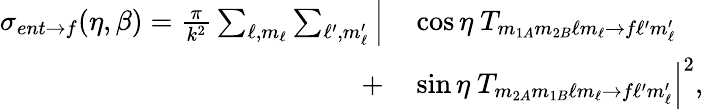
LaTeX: \begin{array}{rl}{\sigma_{ent\rightarrow f}(\eta,\beta)=\frac{\pi}{k^{2}}\sum_{\ell,m_{\ell}}\sum_{\ell^{\prime},m_{\ell}^{\prime}}\Big|}&{{}\cos\eta\ T_{m_{1A}m_{2B}\ell m_{\ell}\rightarrow f\ell^{\prime}m_{\ell}^{\prime}}}\\ {+}&{{}\sin\eta\ T_{m_{2A}m_{1B}\ell m_{\ell}\rightarrow f\ell^{\prime}m_{\ell}^{\prime}}\Big|^{2},}\end{array}